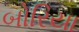
બોરિયા